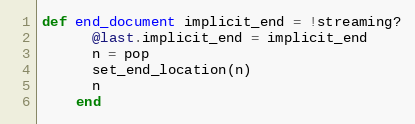
Language: Ruby
def end_document implicit_end = !streaming?
      @last.implicit_end = implicit_end
      n = pop
      set_end_location(n)
      n
    end